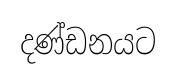
දණ්ඩනයට